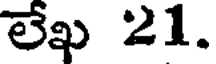
లేఖ 21.